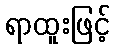
ရာထူးဖြင့်